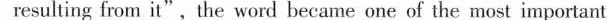
resulting from it",the word became one of the most important